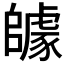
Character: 𨼽